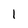
Character: 1